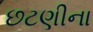
છટણીના